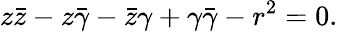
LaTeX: z{\bar{z}}-z{\bar{\gamma}}-{\bar{z}}\gamma+\gamma{\bar{\gamma}}-r^{2}=0.